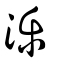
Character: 濼